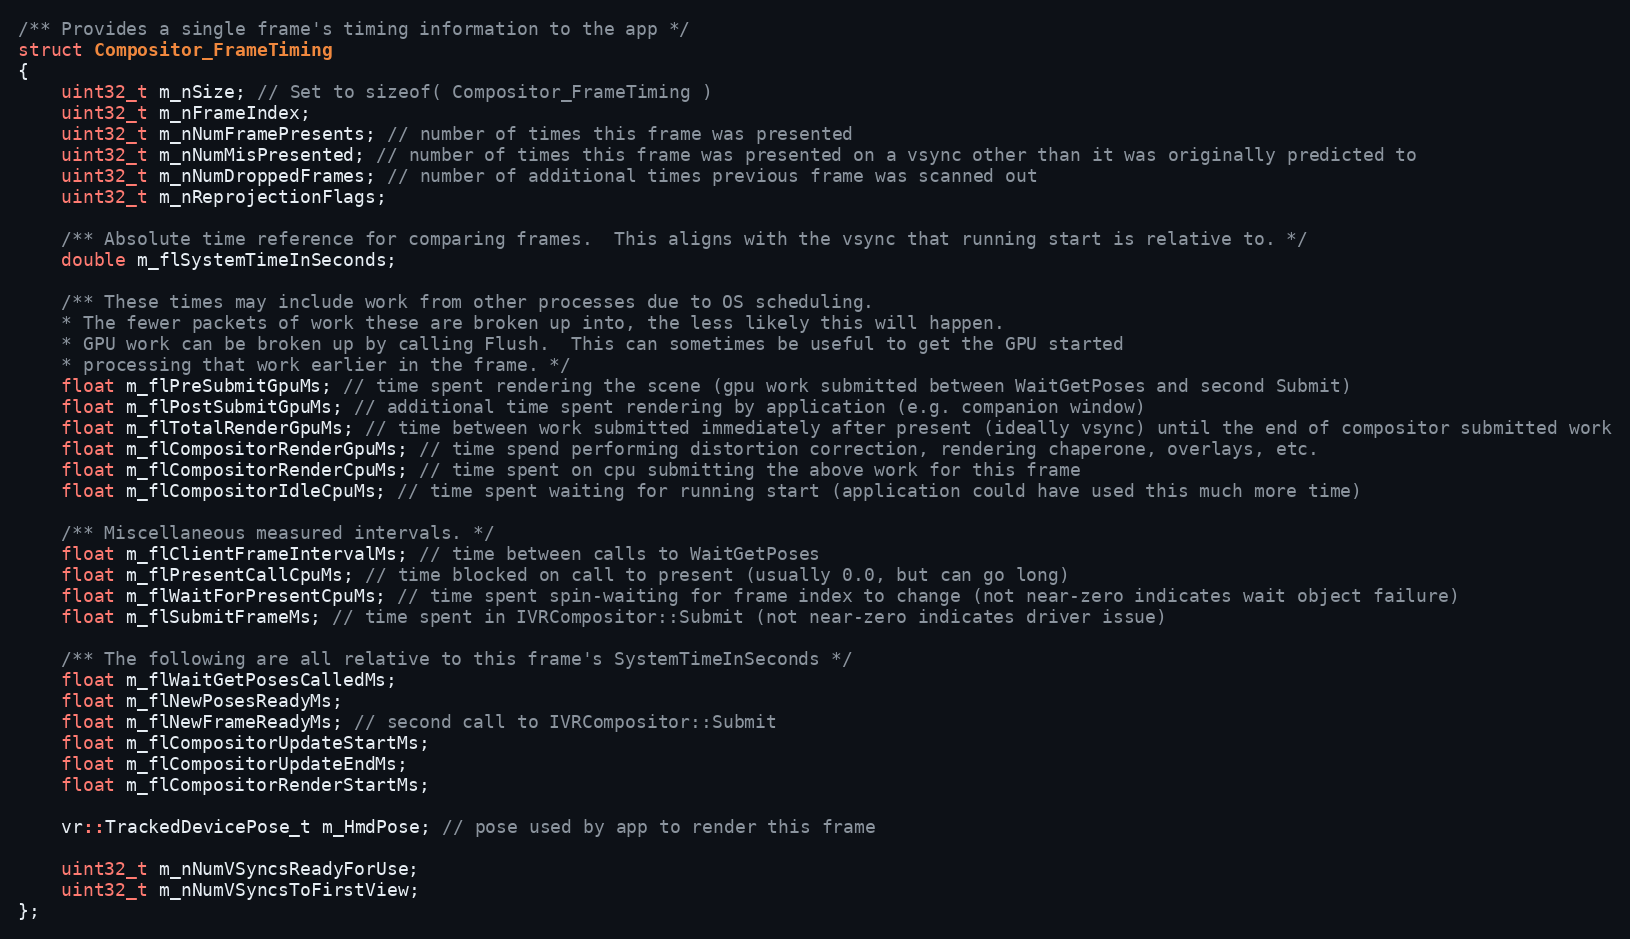
Language: C
/** Provides a single frame's timing information to the app */
struct Compositor_FrameTiming
{
	uint32_t m_nSize; // Set to sizeof( Compositor_FrameTiming )
	uint32_t m_nFrameIndex;
	uint32_t m_nNumFramePresents; // number of times this frame was presented
	uint32_t m_nNumMisPresented; // number of times this frame was presented on a vsync other than it was originally predicted to
	uint32_t m_nNumDroppedFrames; // number of additional times previous frame was scanned out
	uint32_t m_nReprojectionFlags;

	/** Absolute time reference for comparing frames.  This aligns with the vsync that running start is relative to. */
	double m_flSystemTimeInSeconds;

	/** These times may include work from other processes due to OS scheduling.
	* The fewer packets of work these are broken up into, the less likely this will happen.
	* GPU work can be broken up by calling Flush.  This can sometimes be useful to get the GPU started
	* processing that work earlier in the frame. */
	float m_flPreSubmitGpuMs; // time spent rendering the scene (gpu work submitted between WaitGetPoses and second Submit)
	float m_flPostSubmitGpuMs; // additional time spent rendering by application (e.g. companion window)
	float m_flTotalRenderGpuMs; // time between work submitted immediately after present (ideally vsync) until the end of compositor submitted work
	float m_flCompositorRenderGpuMs; // time spend performing distortion correction, rendering chaperone, overlays, etc.
	float m_flCompositorRenderCpuMs; // time spent on cpu submitting the above work for this frame
	float m_flCompositorIdleCpuMs; // time spent waiting for running start (application could have used this much more time)

	/** Miscellaneous measured intervals. */
	float m_flClientFrameIntervalMs; // time between calls to WaitGetPoses
	float m_flPresentCallCpuMs; // time blocked on call to present (usually 0.0, but can go long)
	float m_flWaitForPresentCpuMs; // time spent spin-waiting for frame index to change (not near-zero indicates wait object failure)
	float m_flSubmitFrameMs; // time spent in IVRCompositor::Submit (not near-zero indicates driver issue)

	/** The following are all relative to this frame's SystemTimeInSeconds */
	float m_flWaitGetPosesCalledMs;
	float m_flNewPosesReadyMs;
	float m_flNewFrameReadyMs; // second call to IVRCompositor::Submit
	float m_flCompositorUpdateStartMs;
	float m_flCompositorUpdateEndMs;
	float m_flCompositorRenderStartMs;

	vr::TrackedDevicePose_t m_HmdPose; // pose used by app to render this frame

	uint32_t m_nNumVSyncsReadyForUse;
	uint32_t m_nNumVSyncsToFirstView;
};